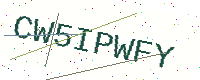
Text: CW5IPWFY